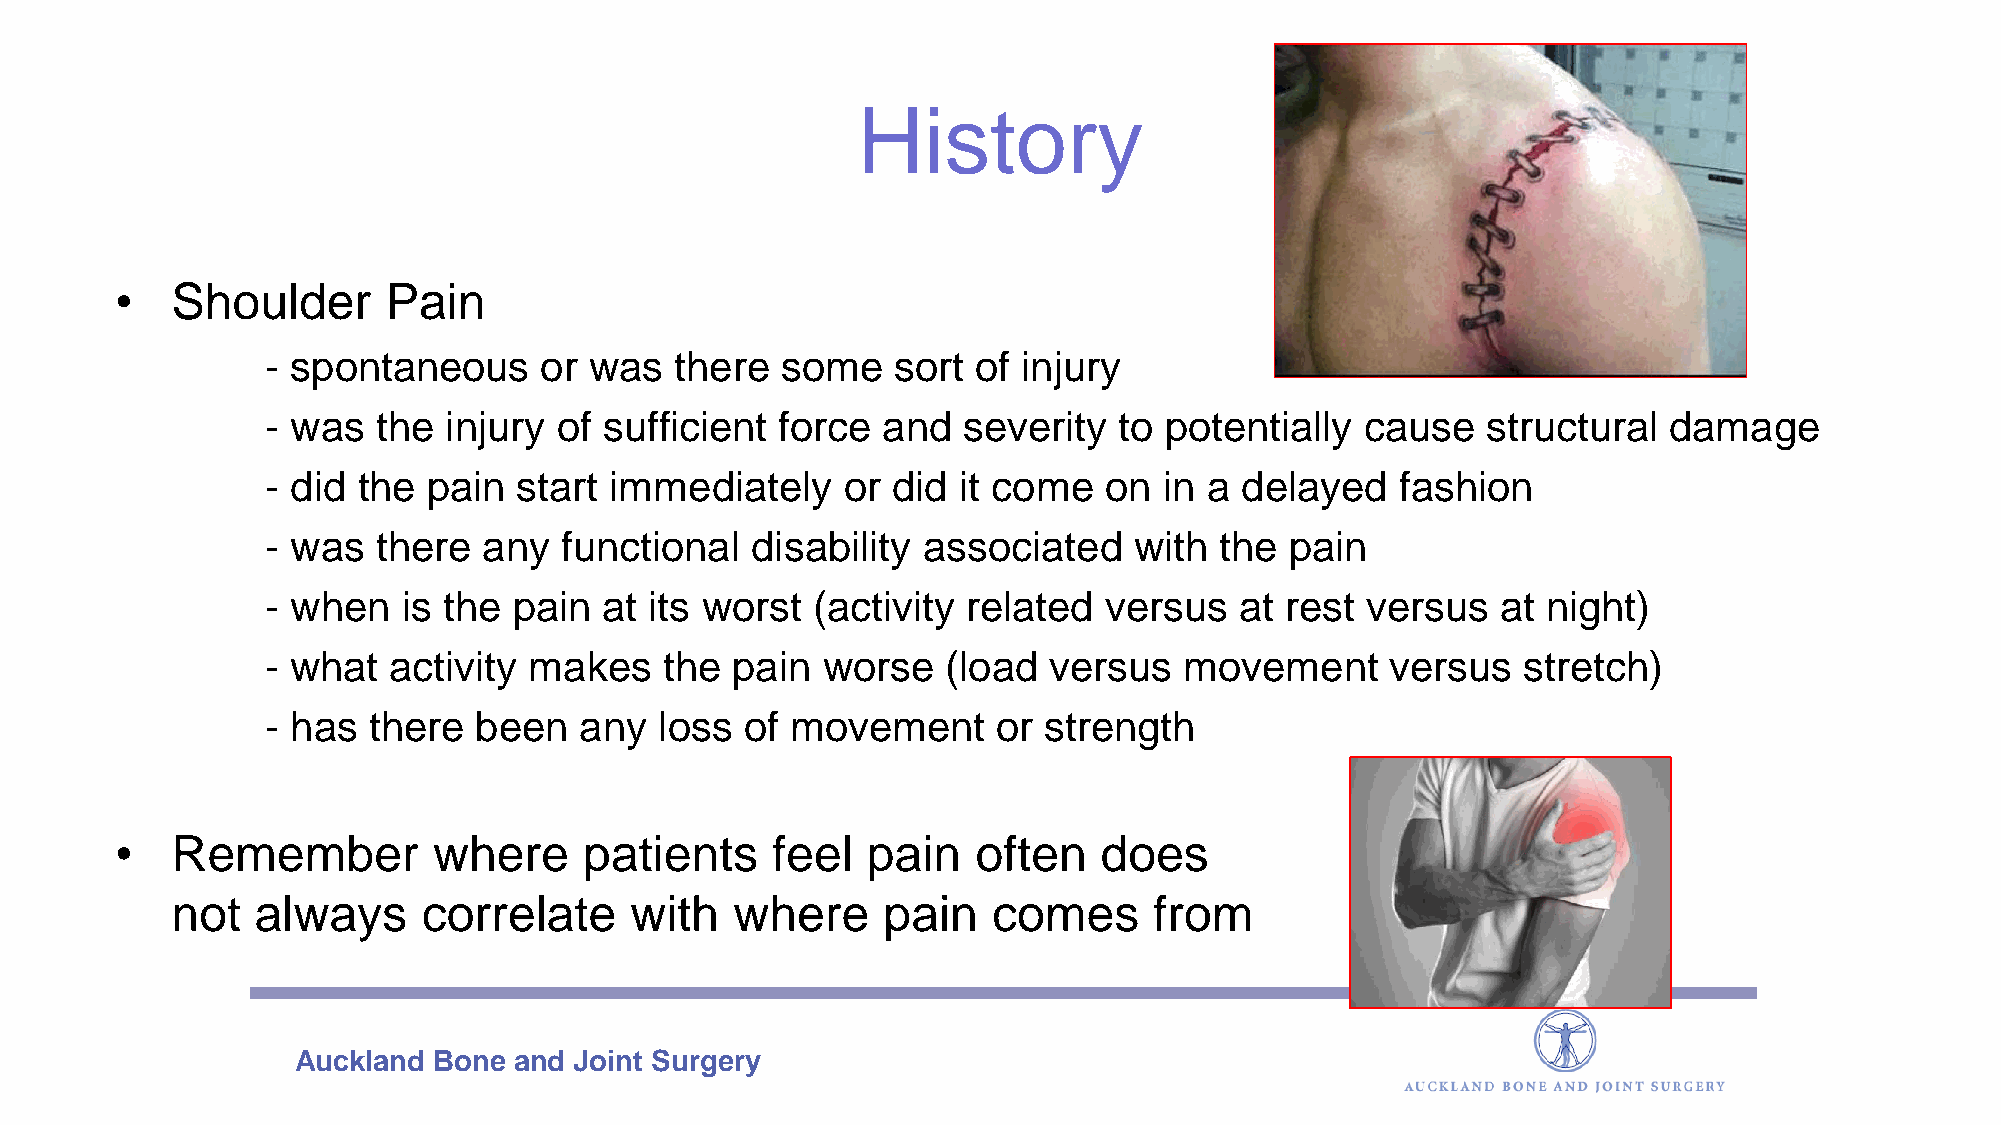
History
 •  Shoulder       Pain
 - spontaneous     or was   there  some   sort  of injury
 - was  the injury  of sufficient  force and   severity  to potentially  cause   structural  damage
 - did the pain  start immediately     or did it come   on  in a delayed    fashion
 - was  there  any  functional   disability associated    with  the pain
 - when   is the pain  at its worst  (activity related  versus   at rest versus   at night)
 - what  activity makes    the pain  worse    (load versus   movement      versus   stretch)
 - has there  been   any   loss of movement      or strength
 •  Remember          where     patients    feel  pain    often   does
 not   always     correlate     with   where    pain    comes     from
 Auckland  Bone and Joint Surgery